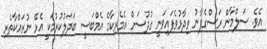
އެވެ. ސަލްމާން ރަސްގެފާނު ވިދާޅުވެފައިވަނީ ގުދުސަށް އެމެރިކާގެ އެމްބަސީ ބަދަލުކުރުމަކީ އެޅޭ ނުރައްކާތެރި